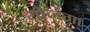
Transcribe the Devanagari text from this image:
योजगा